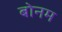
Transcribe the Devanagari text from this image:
बोनम